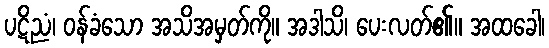
ပဋိညံ၊ ဝန်ခံသော အသိအမှတ်ကို။ အဒါသိ၊ ပေးလတ်၏။ အထခေါ၊